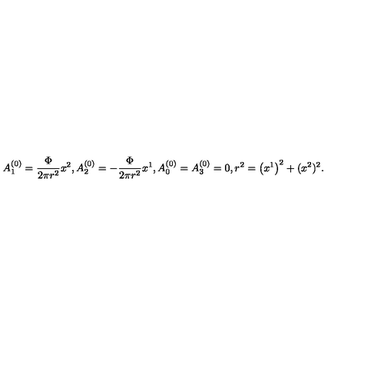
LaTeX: A _ { 1 } ^ { \left( 0 \right) } = { \frac { { \Phi } } { { 2 \pi r ^ { 2 } } } } x ^ { 2 } , A _ { 2 } ^ { \left( 0 \right) } = - { \frac { { \Phi } } { { 2 \pi r ^ { 2 } } } } x ^ { 1 } , A _ { 0 } ^ { \left( 0 \right) } = A _ { 3 } ^ { \left( 0 \right) } = 0 , r ^ { 2 } = \left( x ^ { 1 } \right) ^ { 2 } + ( x ^ { 2 } ) ^ { 2 } .